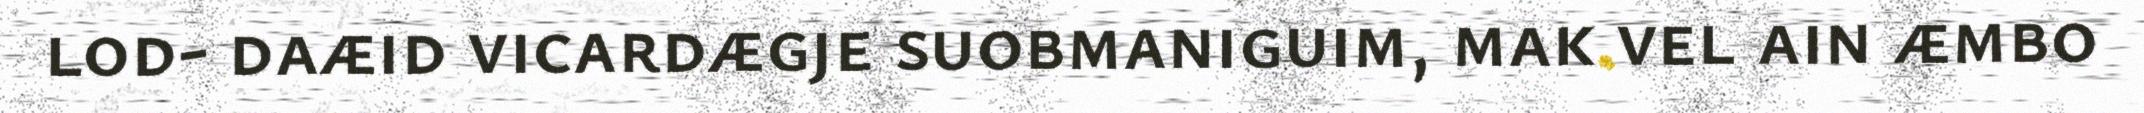
lod- daæid vicardægje suobmaniguim, mak vel ain æmbo